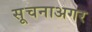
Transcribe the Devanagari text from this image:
सूचनाअगर